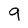
Character: 9